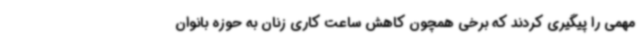
مهمی را پیگیری کردند که برخی همچون کاهش ساعت کاری زنان به حوزه بانوان